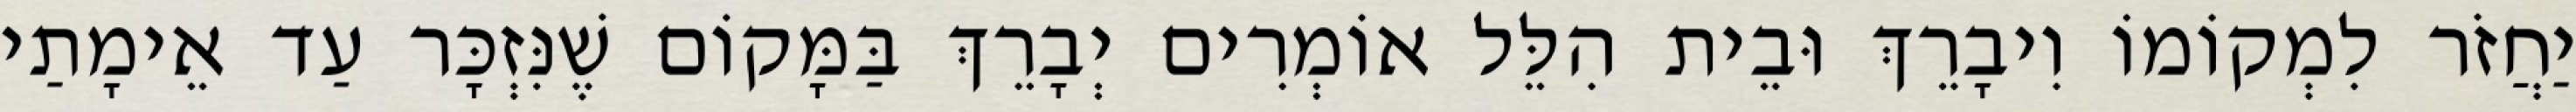
יַחֲזֹר לִמְקוֹמוֹ וִיבָרֵךְ וּבֵית הִלֵּל אוֹמְרִים יְבָרֵךְ בַּמָּקוֹם שֶׁנִּזְכָּר עַד אֵימָתַי